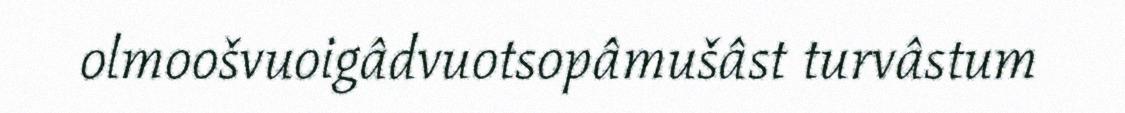
olmoošvuoigâdvuotsopâmušâst turvâstum